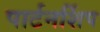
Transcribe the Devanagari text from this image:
पार्टनर्शिप